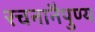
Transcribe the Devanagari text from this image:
रचनानैपुण्य